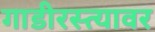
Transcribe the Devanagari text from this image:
गाडीरस्त्यावर